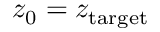
z _ { 0 } = z _ { \mathrm { t a r g e t } }